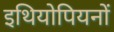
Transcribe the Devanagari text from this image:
इथियोपियनों